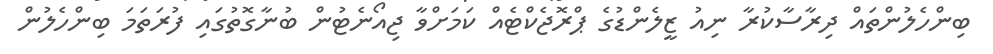
ބިންހެލުންތައް ދިރާސާކުރާ ނިއު ޒީލެންޑުގެ ޕްރޮޖެކްޓެއް ކަމަށްވާ ޖިއޯނެޓުން ބުނާގޮތުގައި ފުރަތަމަ ބިންހެލުން